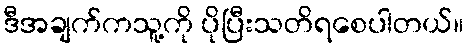
ဒီအချက်ကသူ့ကို ပိုပြီးသတိရစေပါတယ်။